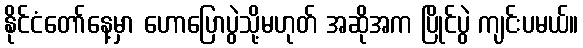
နိုင်ငံတော်နေ့မှာ ဟောပြောပွဲသို့မဟုတ် အဆိုအက ပြိုင်ပွဲ ကျင်းပမယ်။